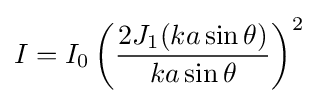
I=I_{0}\left({\frac {2J_{1}(ka\sin \theta )}{ka\sin \theta }}\right)^{2}